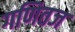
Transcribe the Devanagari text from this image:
गणितज